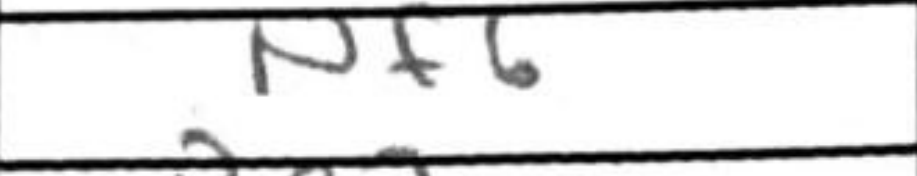
Transcription: Nf6